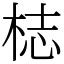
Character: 梽